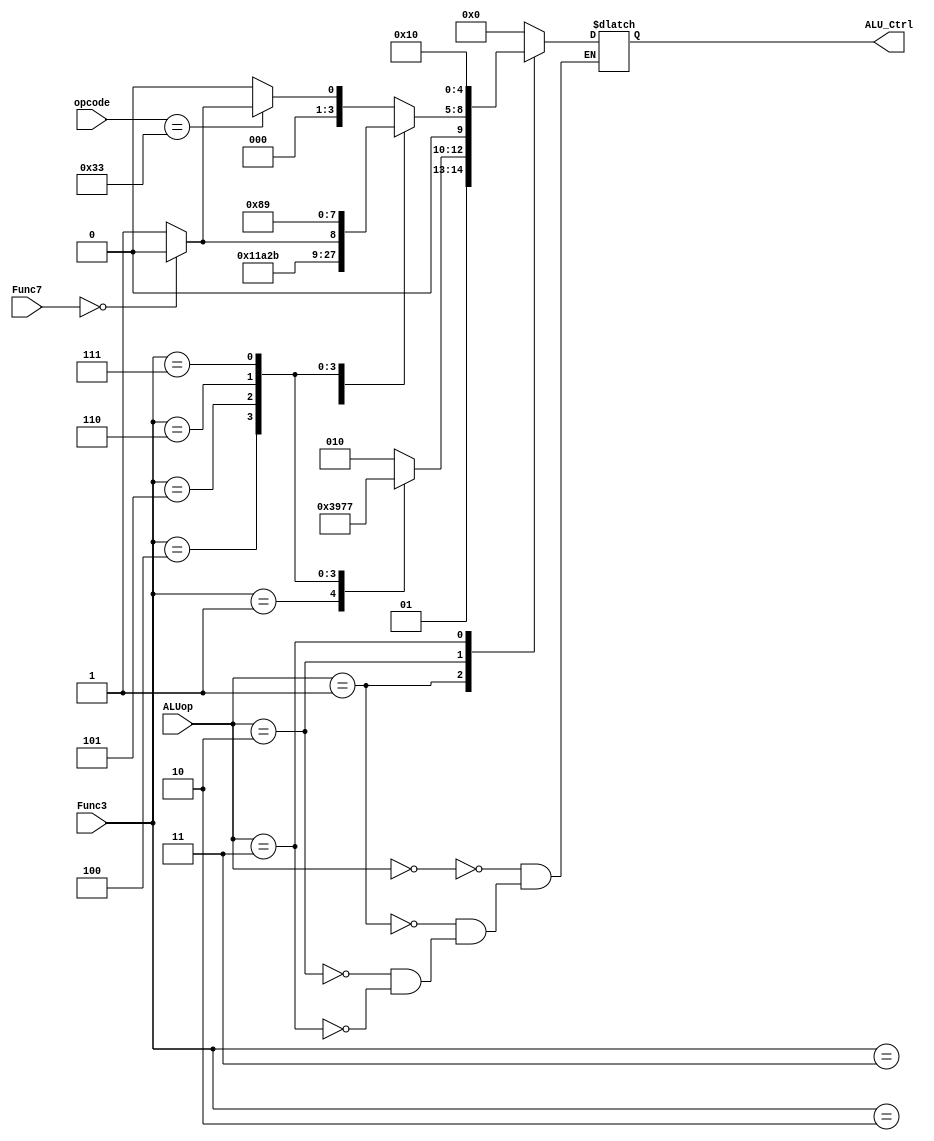
module ALU_control(
        input  [2:0]ALUop,
        input  [2:0]Func3,
        input  [6:0]Func7,
        input  [6:0]opcode,
        output reg [4:0]ALU_Ctrl
        );

//parameter for ALUOP
parameter [1:0] ALUOP_ADD = 2'b00,
                ALUOP_SUB = 2'b01,
                ALUOP_FUNC= 2'b10,
                ALUOP_LUI = 2'b11;
//parameter for ALU_Ctrl
parameter [4:0] ALU_ADD   =5'b00000,
                ALU_SUB   =5'b00001,
                ALU_SLL   =5'b00010,
                ALU_SLT   =5'b00011,
                ALU_SLTU  =5'b00100,
                ALU_XOR   =5'b00101,
                ALU_SRL   =5'b00110,
                ALU_SRA   =5'b00111,
                ALU_OR    =5'b01000,
                ALU_AND   =5'b01001,
                ALU_BEQ   =5'b01010,
                ALU_BNE   =5'b01011,
                ALU_BLT   =5'b01100,
                ALU_BGE   =5'b01101,
                ALU_BLTU  =5'b01110,
                ALU_BGEU  =5'b01111,
                ALU_LUI   =5'b10000;

always@(*)begin
    case(ALUop)
        ALUOP_ADD:ALU_Ctrl = ALU_ADD;
        ALUOP_SUB:begin
            case(Func3)
                3'b000:ALU_Ctrl = ALU_BEQ;
                3'b001:ALU_Ctrl = ALU_BNE;
                3'b100:ALU_Ctrl = ALU_BLT;
                3'b101:ALU_Ctrl = ALU_BGE;
                3'b110:ALU_Ctrl = ALU_BLTU;
                3'b111:ALU_Ctrl = ALU_BGEU;
                default: ALU_Ctrl = ALU_BEQ;
            endcase
        end
        ALUOP_FUNC:begin
            case(Func3)
                3'b000:begin
                    if(opcode==7'b0110011)begin
                        if(Func7==7'b0000000)begin
                            ALU_Ctrl = ALU_ADD;
                        end
                        else begin
                            ALU_Ctrl = ALU_SUB;
                        end
                    end
                    else begin
                        ALU_Ctrl = ALU_ADD;
                    end
                end
                3'b001:ALU_Ctrl = ALU_SLL;
                3'b010:ALU_Ctrl = ALU_SLT;
                3'b011:ALU_Ctrl = ALU_SLTU;
                3'b100:ALU_Ctrl = ALU_XOR;
                3'b101:begin
                    if(Func7==7'b0000000)begin
                        ALU_Ctrl = ALU_SRL;
                    end
                    else begin
                        ALU_Ctrl = ALU_SRA;
                    end
                end 
                3'b110:ALU_Ctrl = ALU_OR;
                3'b111:ALU_Ctrl = ALU_AND;
            endcase
        end
        ALUOP_LUI:ALU_Ctrl = ALU_LUI;
    endcase
end

endmodule